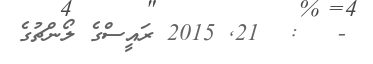
-   :  21